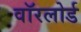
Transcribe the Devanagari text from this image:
वॉरलोर्ड